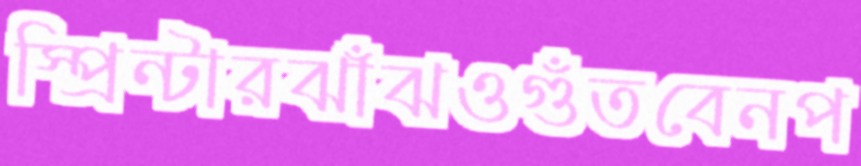
স্প্রিন্টারঝাঁঝওগুঁতবেনপ